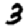
Digit: 3